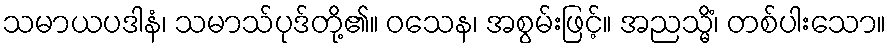
သမာယပဒါနံ၊ သမာသ်ပုဒ်တို့၏။ ဝသေန၊ အစွမ်းဖြင့်။ အညသ္မိံ၊ တစ်ပါးသော။